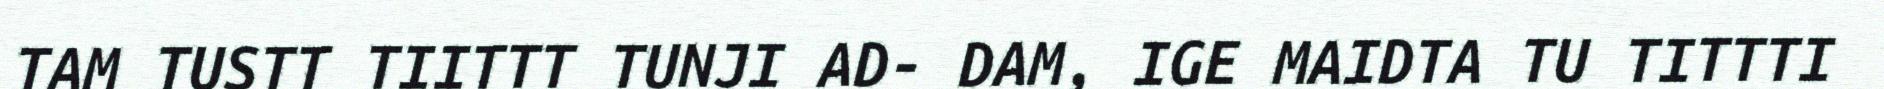
TAM TUSTT TIITTT TUNJI AD- DAM, IGE MAIDTA TU TITTTI